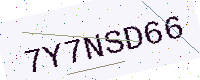
Text: 7Y7NSD66